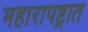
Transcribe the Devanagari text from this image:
महारापष्ट्रात